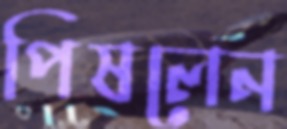
পিষলেন